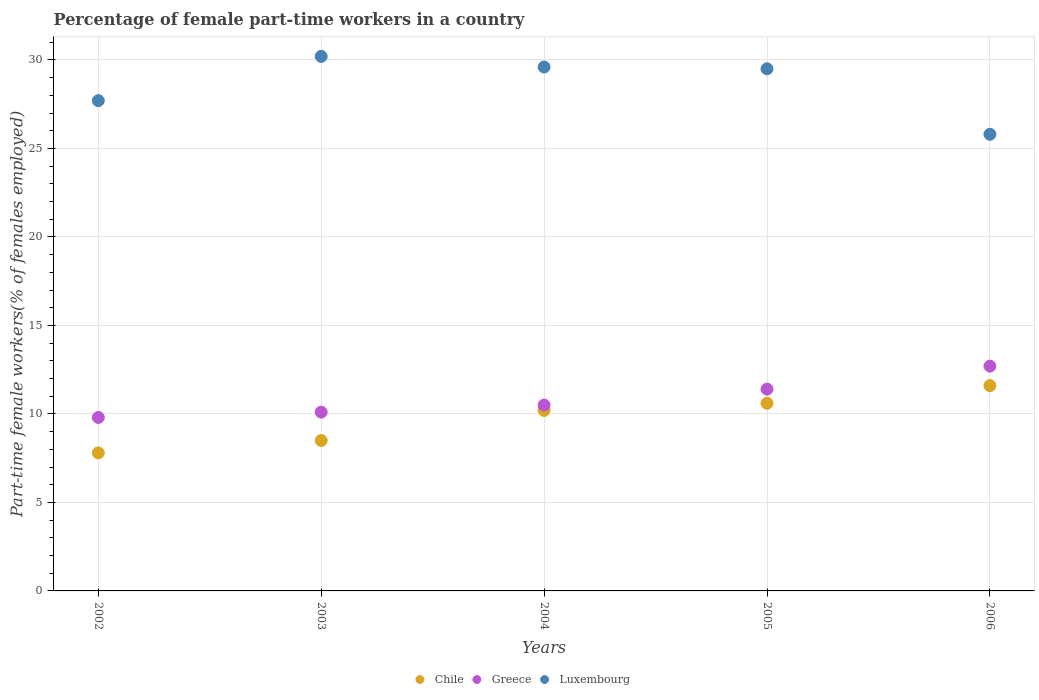
| Years | Chile | Greece | Luxembourg |
 | --- | --- | --- | --- |
 | 2002 | 7.8 | 9.8 | 27.7 |
 | 2003 | 8.5 | 10.1 | 30.2 |
 | 2004 | 10.2 | 10.5 | 29.6 |
 | 2005 | 10.6 | 11.4 | 29.5 |
 | 2006 | 11.6 | 12.7 | 25.8 |